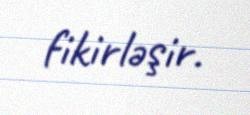
fikirləşir.